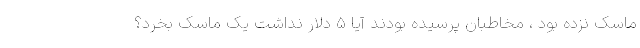
ماسک نزده بود ، مخاطبان پرسیده بودند آیا 5 دلار نداشت یک ماسک بخرد؟